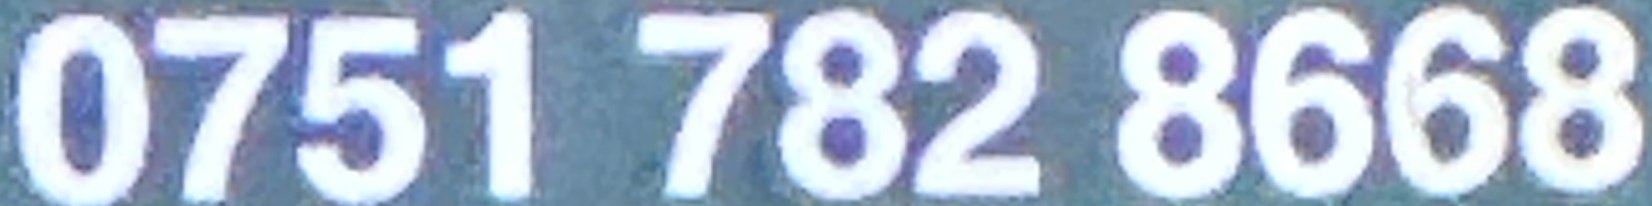
0751 782 8668